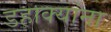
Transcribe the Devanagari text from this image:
डहाक्यांना